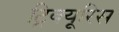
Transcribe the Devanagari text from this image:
ट्रिक्यूरिस